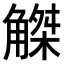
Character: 𧤠